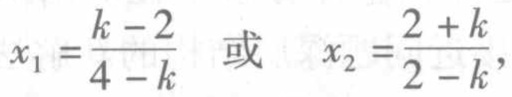
\(x_{1}=\frac{k - 2}{4 - k}\ 或\ x_{2}=\frac{2 + k}{2 - k},\)